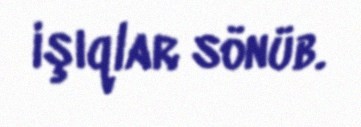
işıqlar sönüb.